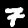
Digit: 7